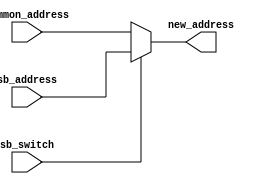
`timescale 1ns / 1ps
//////////////////////////////////////////////////////////////////////////////////
// Company: 
// Engineer: 
// 
// Design Name: 
// Module Name:    mux_sb 
// Project Name: 
// Target Devices: 
// Tool versions: 
// Description: 
//
// Dependencies: 
//
// Revision: 
// Revision 0.01 - File Created
// Additional Comments: 
//
//////////////////////////////////////////////////////////////////////////////////
module mux_sb(
    input [31:0] sb_address,
    input [31:0] common_address,
    input sb_switch,
    output [31:0] new_address
    );
	 assign new_address = (sb_switch)? sb_address:common_address;

endmodule